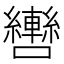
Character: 轡